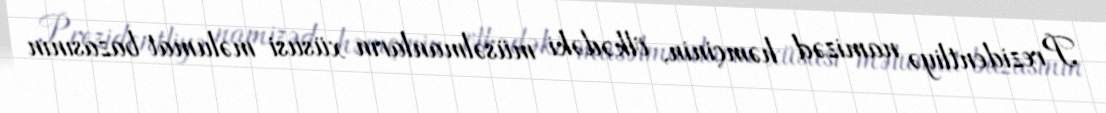
Prezidentliyə namizəd həmçinin, ölkədəki müsəlmanların xüsusi məlumat bazasının